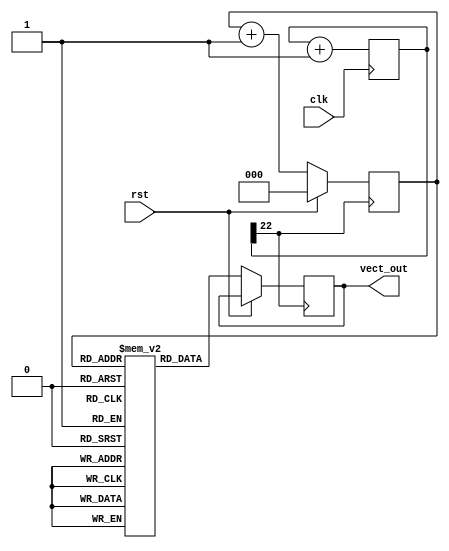
module Vect_Mem_2(
    input clk,
    input rst,
    output reg [2:0] vect_out
    );
    
    reg [2:0] counter;
    reg [22:0] clk_div;
    reg [2:0] Mem [5:0];
    
    initial begin
        Mem[3'b000] <= 3'b111; // -1
        Mem[3'b001] <= 3'b110; // -2
        Mem[3'b010] <= 3'b101; // -3
        Mem[3'b011] <= 3'b010; // 2
        Mem[3'b100] <= 3'b001; // 1 
        Mem[3'b101] <= 3'b010; // 2
        Mem[3'b110] <= 3'b011; // 3
        clk_div <= 0;
    end
    
    always @(posedge clk)
        clk_div <= clk_div + 1'b1;
    
    always @(posedge clk_div[22]) begin
        if (rst) 
            counter <= 2'b00;
        else begin
            counter <= counter + 1'b1; 
            vect_out <= Mem[counter];
        end
    end
endmodule